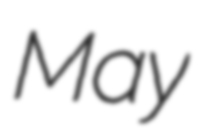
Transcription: May